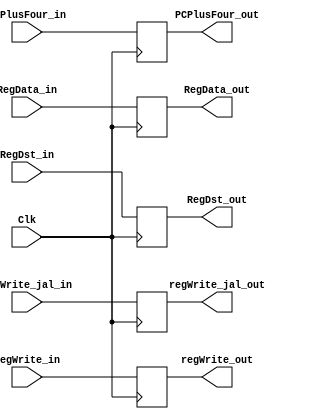
`timescale 1ns / 1ps
//////////////////////////////////////////////////////////////////////////////////
// Company: 
// Engineer: 
// 
// Design Name: 
// Module Name: Mem_WB
// Project Name: 
// Target Devices: 
// Tool Versions: 
// Description: 
// 
// Dependencies: 
// 
// Revision:
// Revision 0.01 - File Created
// Additional Comments:
// 
//////////////////////////////////////////////////////////////////////////////////


module Mem_WB(Clk, regWrite_jal_in, regWrite_jal_out, regWrite_in, regWrite_out, PCPlusFour_in, PCPlusFour_out, RegData_in, RegData_out, RegDst_in, RegDst_out);
    input Clk, regWrite_jal_in, regWrite_in, PCPlusFour_in;
    output reg regWrite_jal_out, regWrite_out, PCPlusFour_out;
    input [31:0] RegData_in;
    output reg [31:0] RegData_out;
    input [4:0] RegDst_in;
    output reg [4:0] RegDst_out;
    
    always@(posedge Clk) begin
        regWrite_jal_out <= regWrite_jal_in;
        regWrite_out <= regWrite_in;
        PCPlusFour_out <= PCPlusFour_in;
        RegData_out <= RegData_in;
        RegDst_out <= RegDst_in;
    end 



endmodule